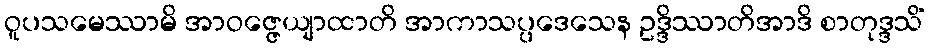
ဝူပသမေဿာမိ အာဝဇ္ဇေယျာထာတိ အာကာသပ္ပဒေသေန ဥဒ္ဒိဿာတိအာဒိ စာတုဒ္ဒသိံ